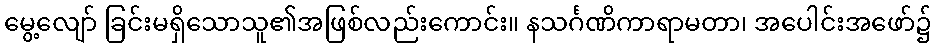
မွေ့လျော် ခြင်းမရှိသောသူ၏အဖြစ်လည်းကောင်း။ နသင်္ဂဏိကာရာမတာ၊ အပေါင်းအဖော်၌